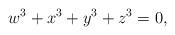
LaTeX: \begin{align*}w^3+x^3+y^3+z^3=0,\end{align*}